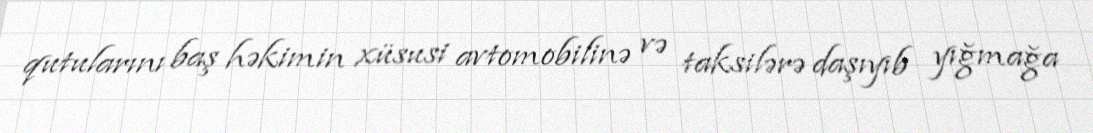
qutularını baş həkimin xüsusi avtomobilinə və taksilərə daşıyıb yığmağa